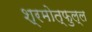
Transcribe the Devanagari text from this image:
श्रमोत्फुल्ल